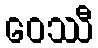
ဝေဿီ